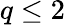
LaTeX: q\leq 2